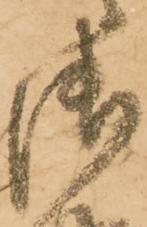
御